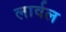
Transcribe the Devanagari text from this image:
लार्वल